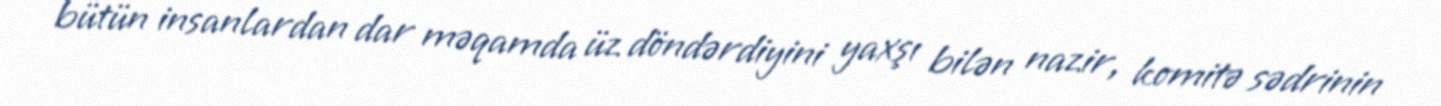
bütün insanlardan dar məqamda üz döndərdiyini yaxşı bilən nazir, komitə sədrinin